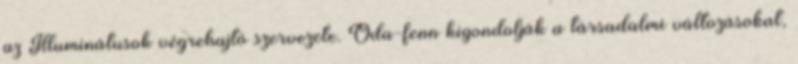
az Illuminátusok végrehajtó szervezete. Oda-fenn kigondolják a társadalmi változásokat,